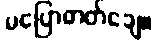
မပြောတတ်ချေ။